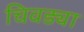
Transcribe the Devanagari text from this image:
चिवड्या